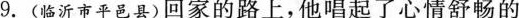
9.(临沂市平邑县)回家的路上，他唱起了心情舒畅的